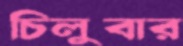
চিলুবার